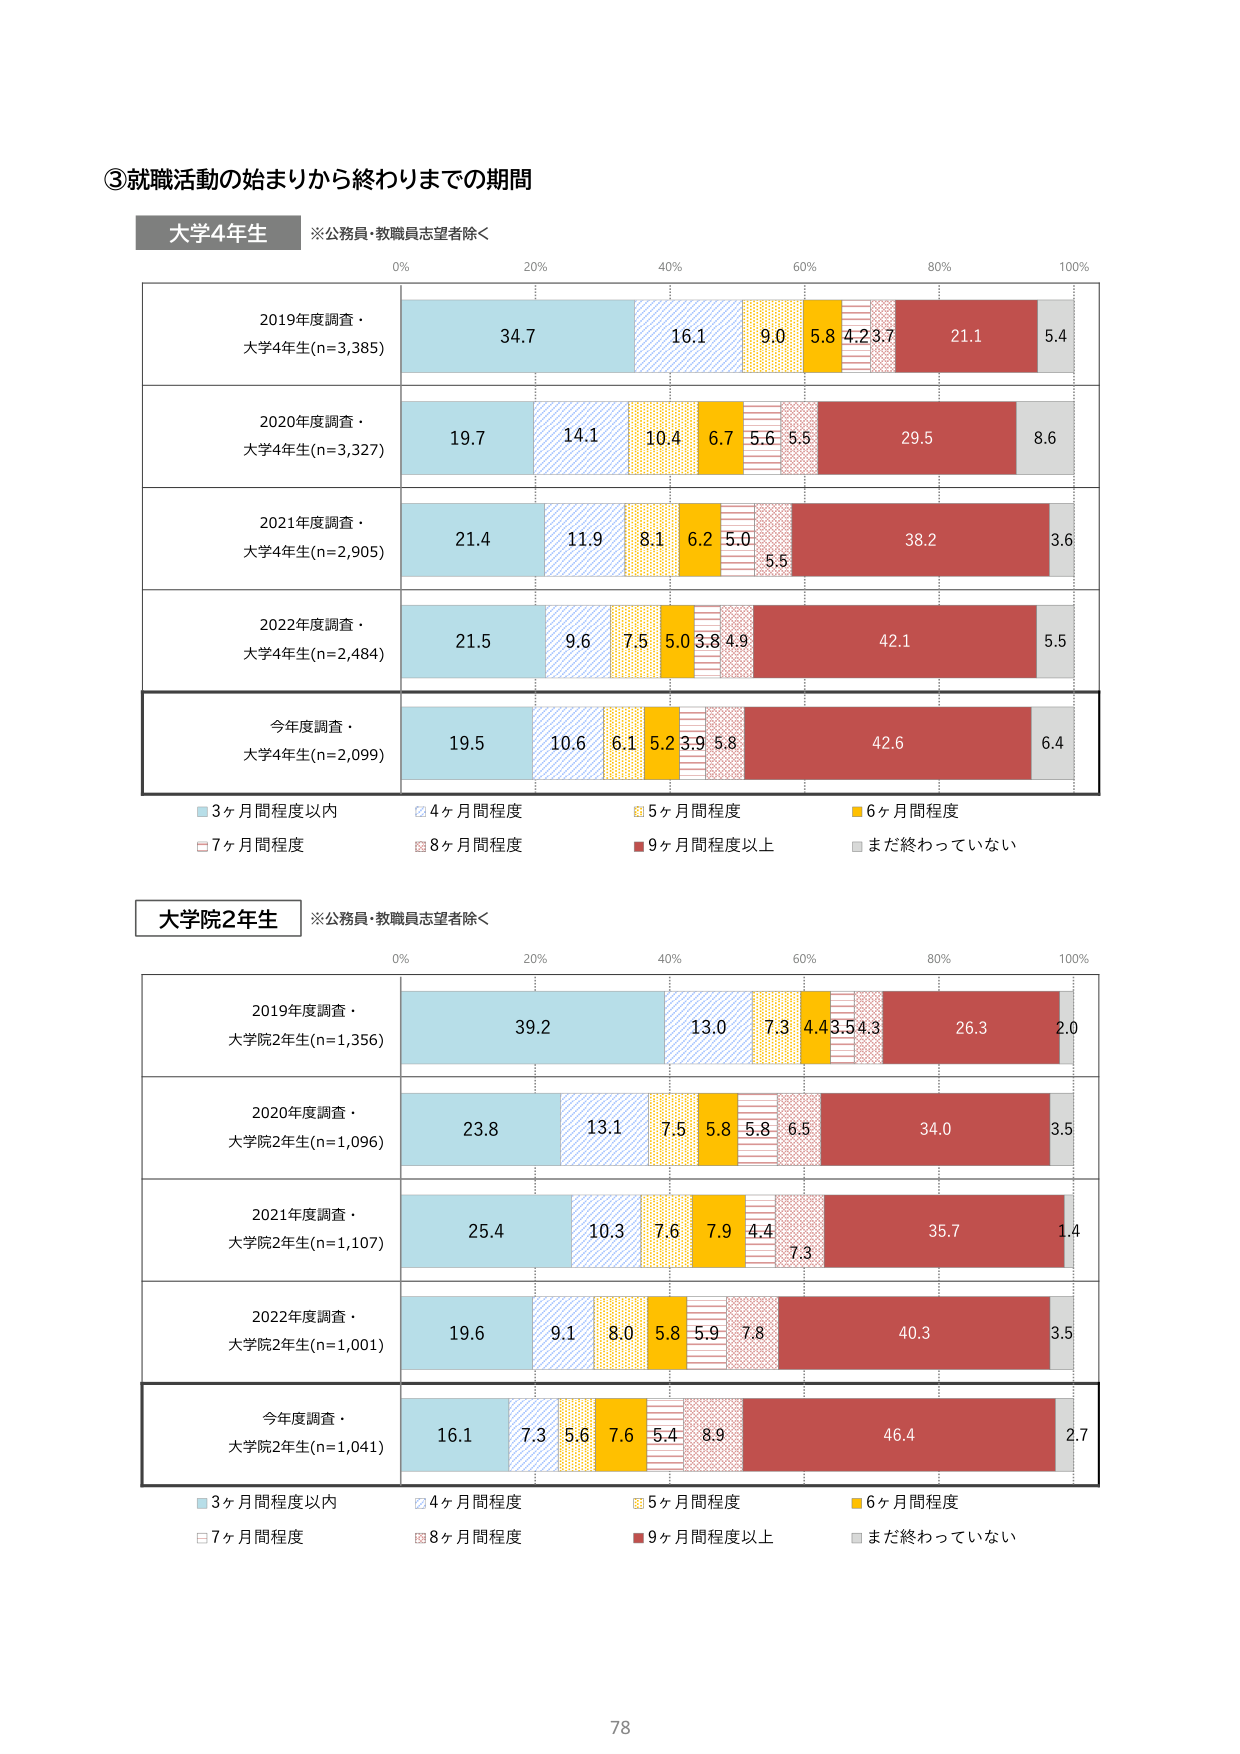
③就職活動の始まりから終わりまでの期間

大学4年生 ※公務員・教職員志望者除く

0% 20% 40% 60% 80% 100%

2019年度調査・
大学4年生(n=3,385)
34.7 16.1 9.0 5.8 4.2 3.7 21.1 5.4

2020年度調査・
大学4年生(n=3,327)
19.7 14.1 10.4 6.7 5.6 5.5 29.5 8.6

2021年度調査・
大学4年生(n=2,905)
21.4 11.9 8.1 6.2 5.0 5.5 38.2 3.6

2022年度調査・
大学4年生(n=2,484)
21.5 9.6 7.5 5.0 3.8 4.9 42.1 5.5

今年度調査・
大学4年生(n=2,099)
19.5 10.6 6.1 5.2 3.9 5.8 42.6 6.4

■3ヶ月間程度以内
□4ヶ月間程度
■5ヶ月間程度
■6ヶ月間程度
□7ヶ月間程度
■8ヶ月間程度
■9ヶ月間程度以上
■まだ終わっていない

大学院2年生 ※公務員・教職員志望者除く

0% 20% 40% 60% 80% 100%

2019年度調査・
大学院2年生(n=1,356)
39.2 13.0 7.3 4.4 3.5 4.3 26.3 2.0

2020年度調査・
大学院2年生(n=1,096)
23.8 13.1 7.5 5.8 5.8 6.5 34.0 3.5

2021年度調査・
大学院2年生(n=1,107)
25.4 10.3 7.6 7.9 4.4 7.3 35.7 1.4

2022年度調査・
大学院2年生(n=1,001)
19.6 9.1 8.0 5.8 5.9 7.8 40.3 3.5

今年度調査・
大学院2年生(n=1,041)
16.1 7.3 5.6 7.6 5.4 8.9 46.4 2.7

■3ヶ月間程度以内
□4ヶ月間程度
■5ヶ月間程度
■6ヶ月間程度
□7ヶ月間程度
■8ヶ月間程度
■9ヶ月間程度以上
■まだ終わっていない

78